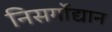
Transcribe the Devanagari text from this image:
निसर्गोद्यान